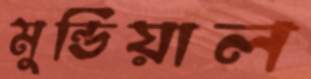
মুন্ডিয়াল